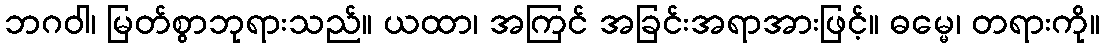
ဘဂဝါ၊ မြတ်စွာဘုရားသည်။ ယထာ၊ အကြင် အခြင်းအရာအားဖြင့်။ ဓမ္မေ၊ တရားကို။